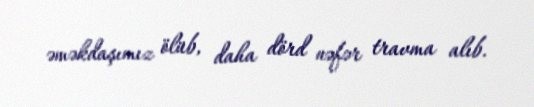
əməkdaşımız ölüb, daha dörd nəfər travma alıb.